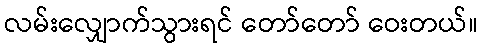
လမ်းလျှောက်သွားရင် တော်တော် ဝေးတယ်။